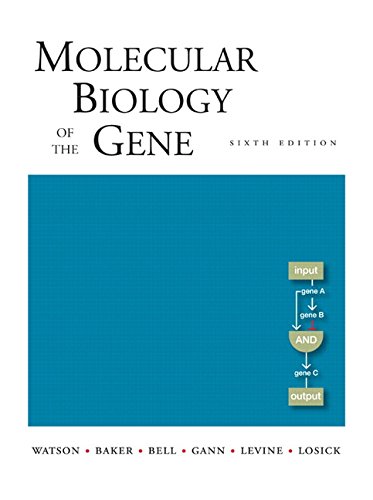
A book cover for Molecular Biology of the Gene, Sixth Edition; James D. Watson; Science & Math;